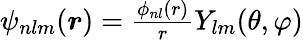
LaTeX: \begin{array}{r}{\psi_{nlm}(\boldsymbol{r})=\frac{\phi_{nl}(r)}{r}Y_{lm}(\theta,\varphi)}\end{array}